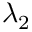
λ _ { 2 }